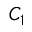
C _ { 1 }